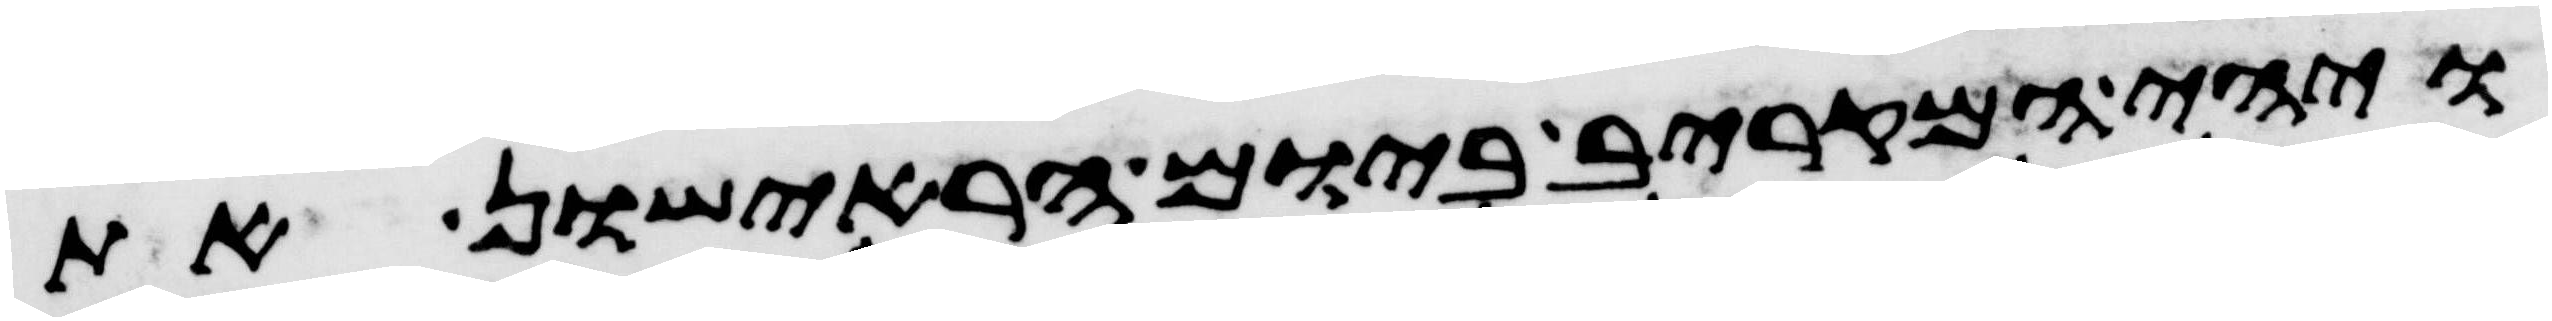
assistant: ויהי המקריב ביום הראישון את